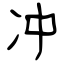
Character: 冲